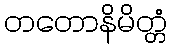
တတောနိမိတ္တံ